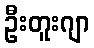
ဦးတူးဂျာ